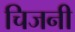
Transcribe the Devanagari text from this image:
चिजनी